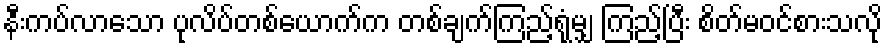
နီးကပ်လာသော ပုလိပ်တစ်ယောက်က တစ်ချက်ကြည့်ရုံမျှ ကြည့်ပြီး စိတ်မဝင်စားသလို